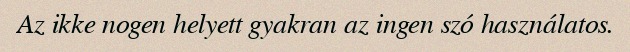
Az ikke nogen helyett gyakran az ingen szó használatos.